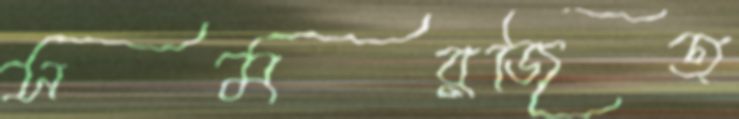
সমরজিত্